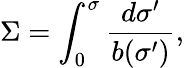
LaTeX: \Sigma=\int_{0}^{\sigma}\frac{d\sigma^{\prime}}{b(\sigma^{\prime})},